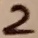
Text: 2